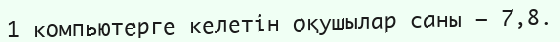
1 компьютерге келетін оқушылар саны — 7,8.